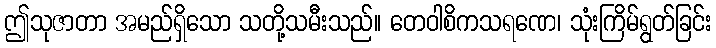
ဤသုဇာတာ အမည်ရှိသော သတို့သမီးသည်။ တေဝါစိကသရဏေ၊ သုံးကြိမ်ရွတ်ခြင်း